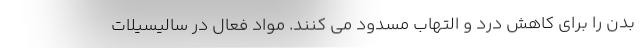
بدن را برای کاهش درد و التهاب مسدود می کنند. مواد فعال در سالیسیلات